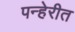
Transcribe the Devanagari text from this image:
पन्हेरीत